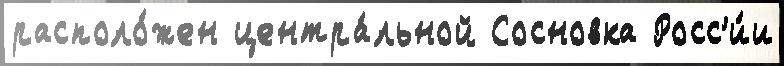
располо́жен центра́льной Сосновка Росс'и́и